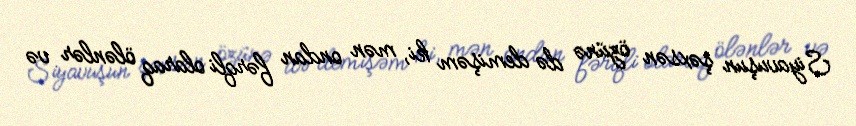
Siyavuşun şəxsən özünə də demişəm ki, mən ondan fərqli olaraq ölənlər və